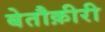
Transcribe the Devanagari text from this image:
बेतौक़ीरी